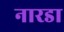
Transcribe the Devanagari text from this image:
नारडा